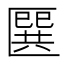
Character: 㔵